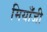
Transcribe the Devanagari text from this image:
मियाँजी